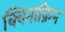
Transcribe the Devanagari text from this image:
क्विनाक्रिन